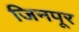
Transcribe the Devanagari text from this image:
जिनपूर